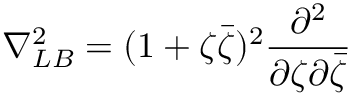
\nabla _ { L B } ^ { 2 } = ( 1 + \zeta \bar { \zeta } ) ^ { 2 } \frac { \partial ^ { 2 } } { \partial \zeta \partial \bar { \zeta } }